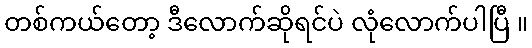
တစ်ကယ်တော့ ဒီလောက်ဆိုရင်ပဲ လုံလောက်ပါပြီ ။